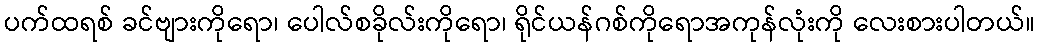
ပက်ထရစ် ခင်ဗျားကိုရော၊ ပေါလ်စခိုလ်းကိုရော၊ ရိုင်ယန်ဂစ်ကိုရောအကုန်လုံးကို လေးစားပါတယ်။